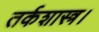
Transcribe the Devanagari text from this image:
तर्कशास्त्र।